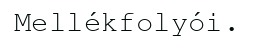
Mellékfolyói.